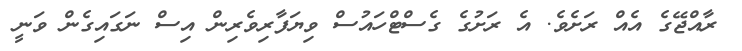
ރާއްޖޭގެ އެއް ރަށެވެ. އެ ރަށުގެ ގެސްޓްހައުސް ވިޔަފާރިވެރިން އިސް ނަގައިގެން ވަނީ